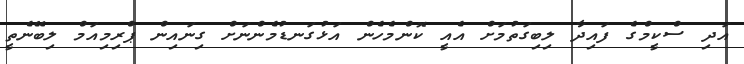
އަދި ސްކީމްގެ ފައިދާ ލިބިގަތުމަށް އެއީ ކޮންމެހެން އަޅުގަނޑުމެންނަށް ގިނައިން ޕްރިމިއަމް ލިބޭނެތީ